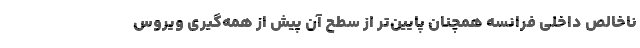
ناخالص داخلی فرانسه همچنان پایین‌تر از سطح آن پیش از همه‌گیری ویروس